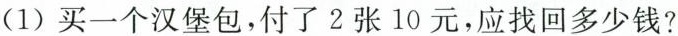
(1)买一个汉堡包，付了2张10元，应找回多少钱?